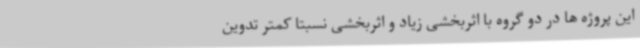
این پروژه ها در دو گروه با اثربخشی زیاد و اثربخشی نسبتاً کمتر تدوین